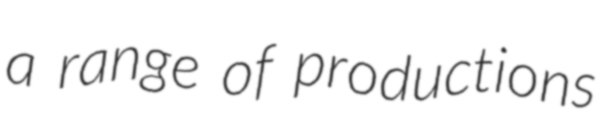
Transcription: a range of productions